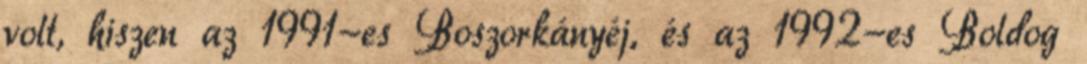
volt, hiszen az 1991-es Boszorkányéj, és az 1992-es Boldog